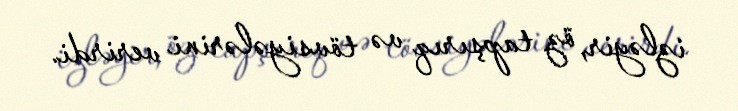
izləyir, öz tapşırıq və tövsiyələrini verirdi.